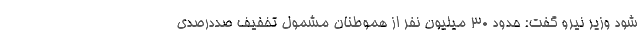
شود وزیر نیرو گفت: حدود ۳۰ میلیون نفر از هموطنان مشمول تخفیف صددرصدی